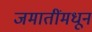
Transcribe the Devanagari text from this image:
जमातींमधून